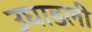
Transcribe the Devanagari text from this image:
उघाडली